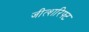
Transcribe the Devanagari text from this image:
जीत्शरिफ्ट